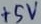
Text: +5V